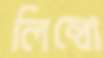
লিম্বো